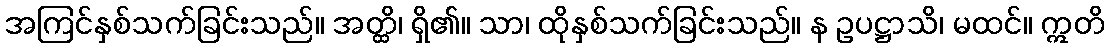
အကြင်နှစ်သက်ခြင်းသည်။ အတ္ထိ၊ ရှိ၏။ သာ၊ ထိုနှစ်သက်ခြင်းသည်။ န ဥပဋ္ဌာသိ၊ မထင်။ ဣတိ